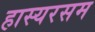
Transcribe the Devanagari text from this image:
हास्यरसम